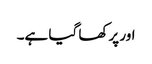
اور پرکھا گیا ہے۔